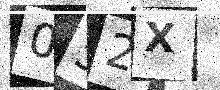
Text: 052X